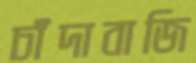
চাঁদাবাজি